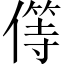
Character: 𠎬